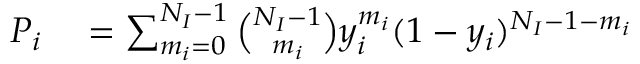
\begin{array} { r l } { P _ { i } } & { { } = \sum _ { m _ { i } = 0 } ^ { N _ { I } - 1 } \binom { N _ { I } - 1 } { m _ { i } } y _ { i } ^ { m _ { i } } ( 1 - y _ { i } ) ^ { N _ { I } - 1 - m _ { i } } } \end{array}